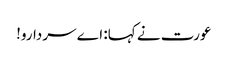
عورت نے کہا: اے سردارو!